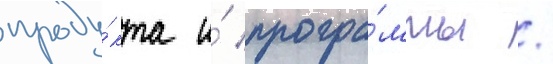
проду́кта и́ програ́ммы /